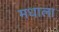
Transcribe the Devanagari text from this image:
मधाला